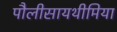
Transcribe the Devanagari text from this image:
पौलीसायथीमिया